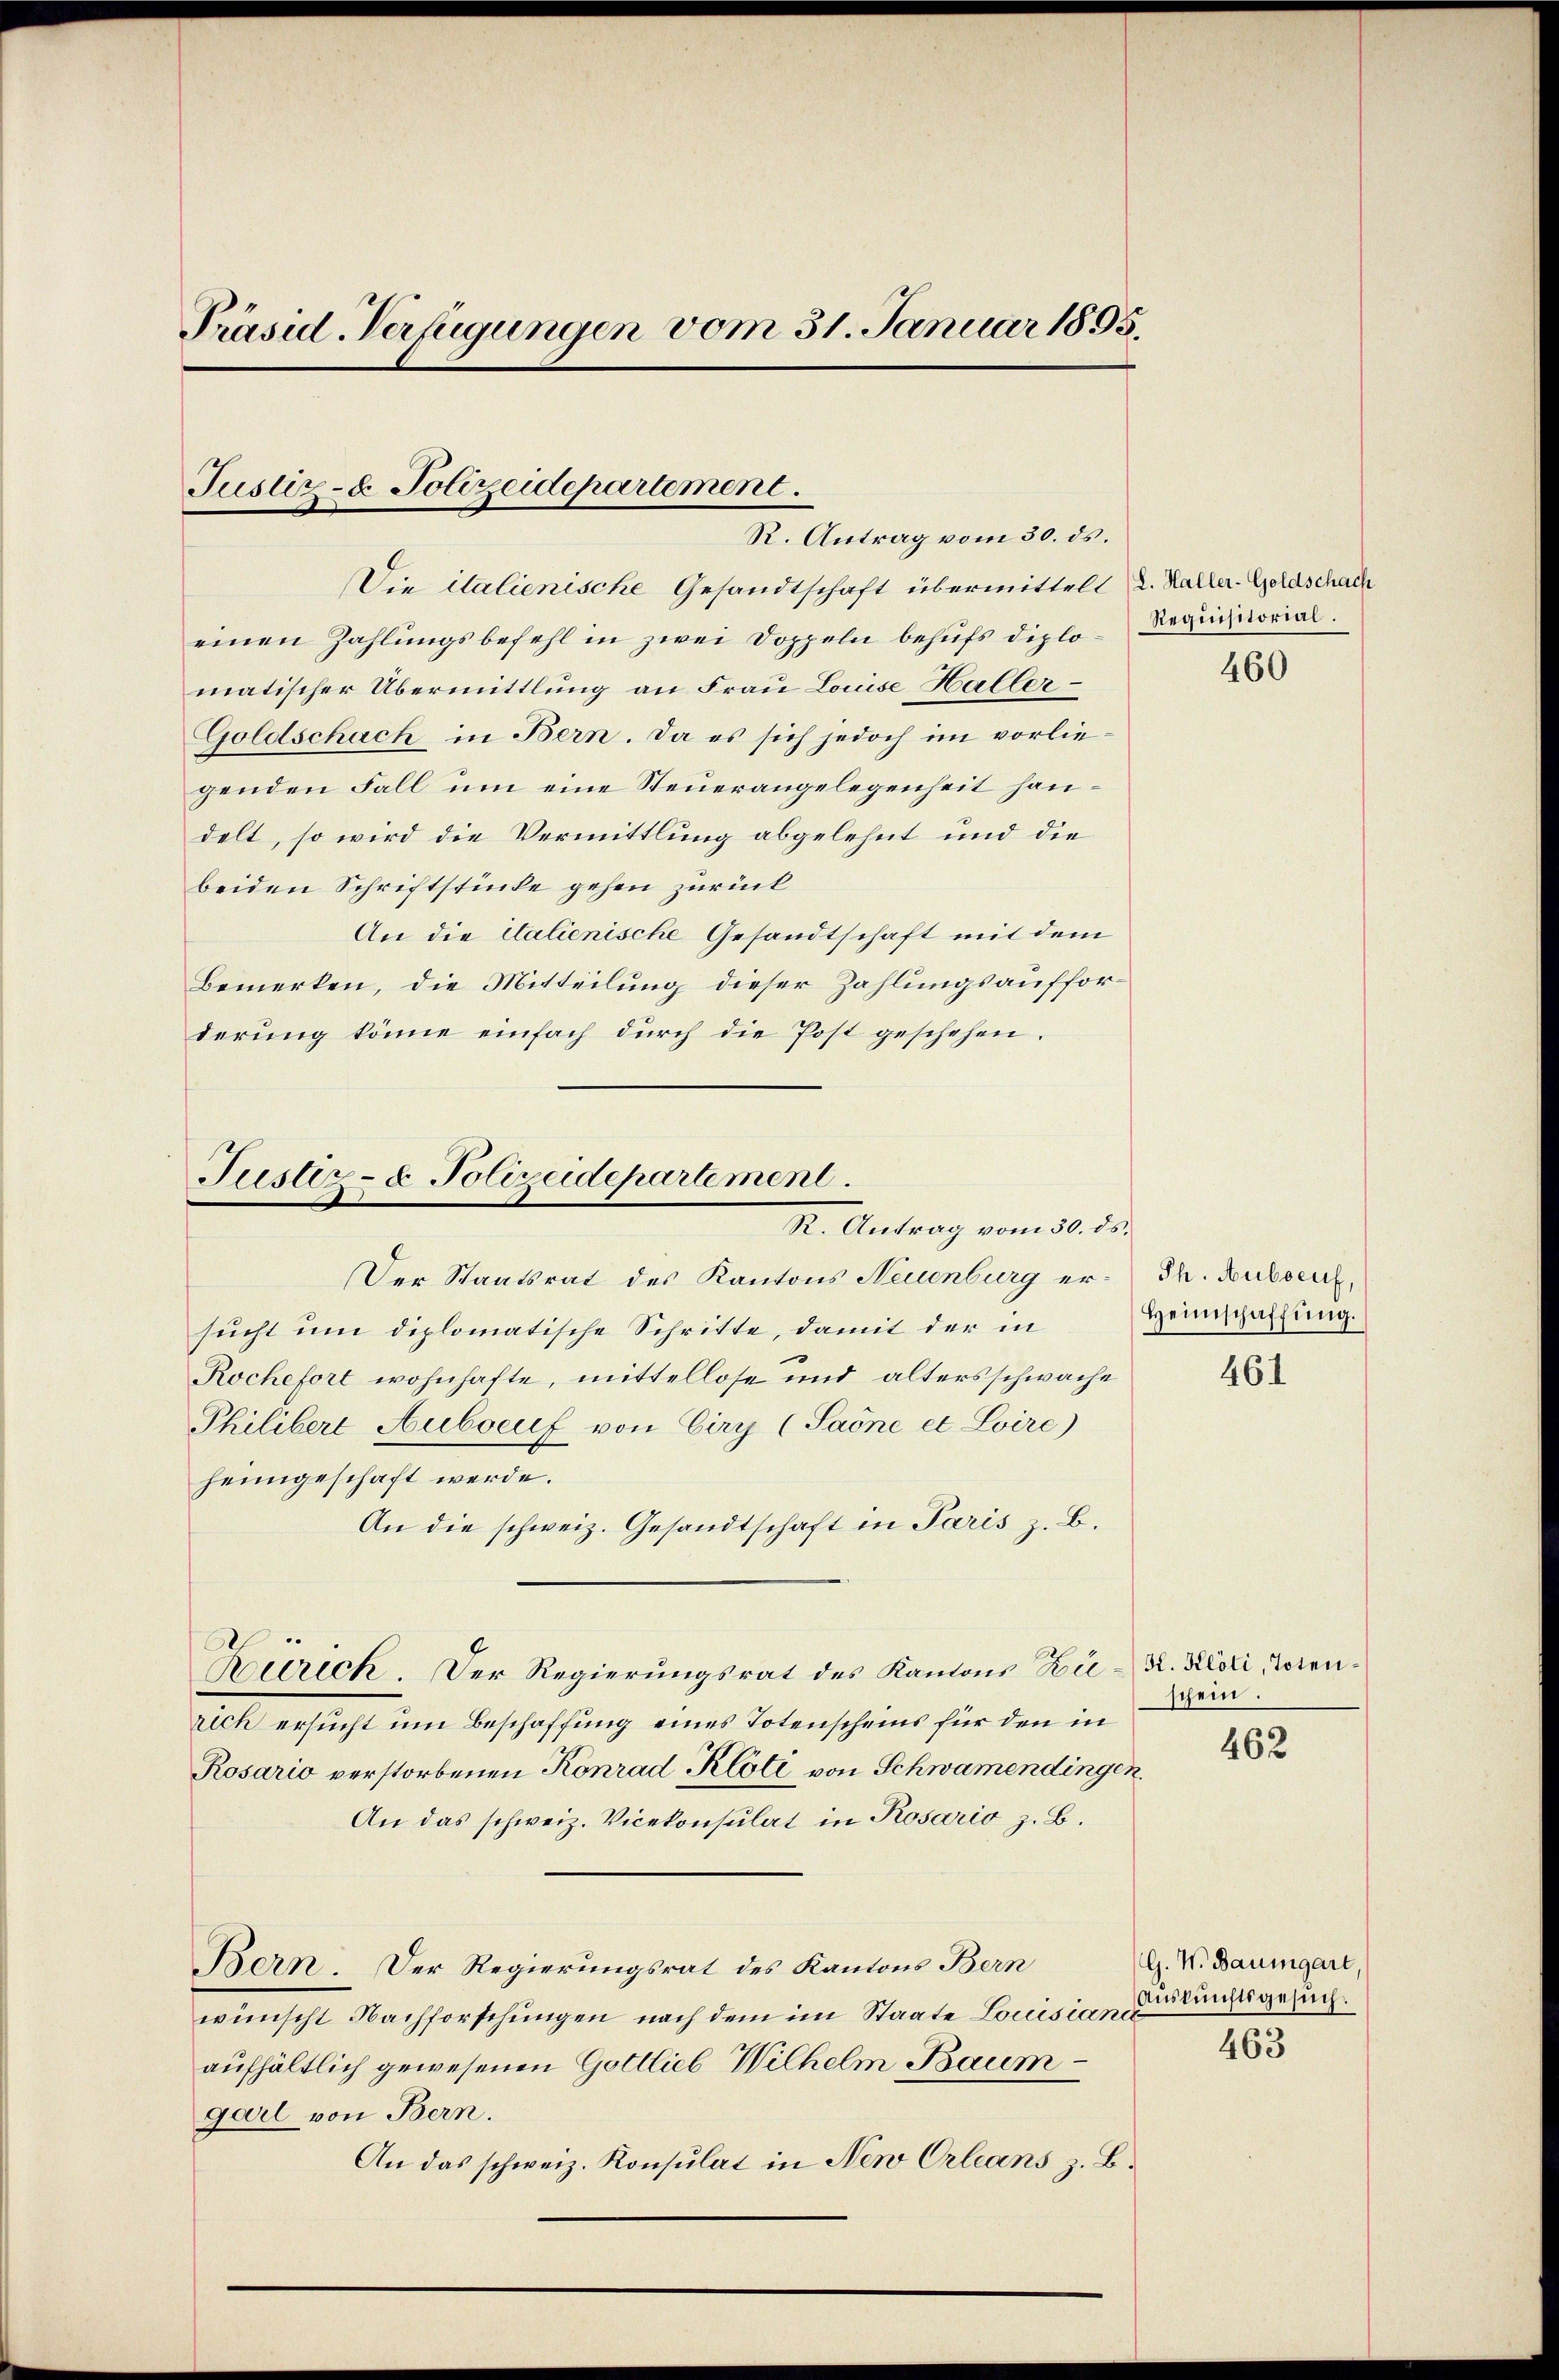
Präsid. Verfügungen vom 31. Januar 1895.

Justiz- & Polizeidepartement
R. Antrag vom 30. ds.

Die italienische Gesandtschaft übermittelt u. Kaller. Goldschach
einen Zahlungsbefehl in zwei Doppeln behufs diplomatischer Übermittlung an Frau Louise Haller¬
Goldschach in Bern. Da es sich jedoch im vorliegenden Fall um eine Steuerangelegenheit handelt, so wird die Vermittlung abgelehnt und die
beiden Schriftstücke gehen zurück
An die italienische Gesandtschaft mit dem
Bemerken, die Mitteilung dieser Zahlungsaufforderung könne einfach durch die Post geschehen.

Justiz- & Polizeidepartement.
R. Antrag vom 30. ds.

Requisitorial.

Der Staatsrat des Kantons Neuenburg er-Th. Busser,
sucht um diplomatische Schritte, damit der in
Rochefort wohnhafte, mittellose und altersschwache
Philibere Aubocuf von Ciry (Paöne et Loire)
heimgeschaft werde.
An die schweiz. Gesandtschaft in Paris z. B.
Zürich. Der Regierungsrat des Kantons Bie- K. Kloti, Lorenrich ersucht um Beschaffung eines Totenscheins für den in
Rosario verstorbenen Konrad Klöti von Schwamendingen.
An das schweiz. Vicekonsulat in Rosario z. B.
Bern. Der Regierungsrat des Kantons Bern
wünscht Nachforschungen nach dem im Staate Louisianić
aufhältlich gewesenen Gottlieb Wilhelm Baumgarl von Bern.
An das schweiz. Konsulat in New Orleans z. B.

460

Heimschaffung.

461

schein.

462

G. W. Baumgart,
Auskunftsgesuch.
463